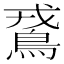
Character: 𪀵